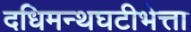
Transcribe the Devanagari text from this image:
दधिमन्थघटीभेत्ता